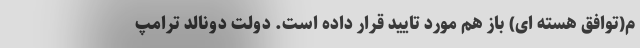
م(توافق هسته ای) باز هم مورد تایید قرار داده است. دولت دونالد ترامپ